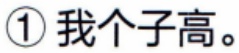
\textcircled{1} 我个子高。